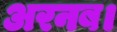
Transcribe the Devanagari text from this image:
अरनब।